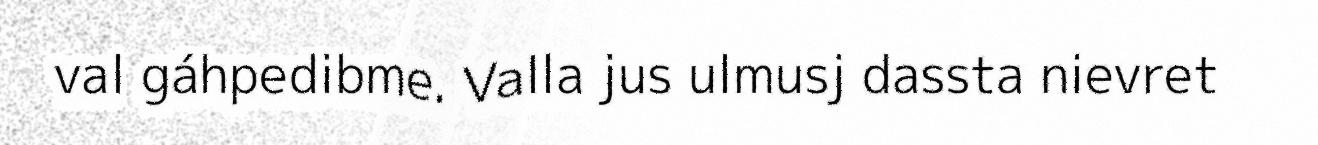
val gáhpedibme. Valla jus ulmusj dassta nievret